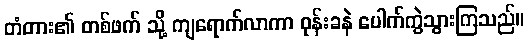
တံတား၏ တစ်ဖက် သို့ ကျရောက်လာကာ ဝုန်းခနဲ ပေါက်ကွဲသွားကြသည်။